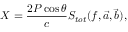
X = \frac { 2 P \cos \theta } { c } S _ { t o t } ( f , \vec { a } , \vec { b } ) ,